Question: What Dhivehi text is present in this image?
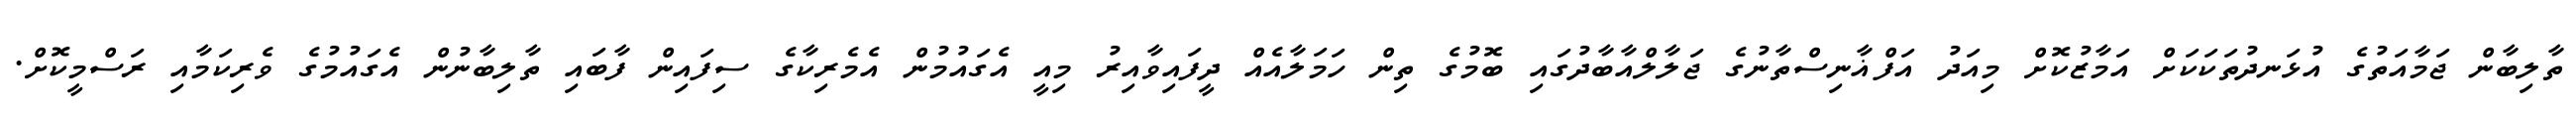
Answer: ތާލިބާން ޖަމާއަތުގެ އުޅަނދުތަކަކަށް އަމާޒުކޮށް މިއަދު އަފްޣާނިސްތާނުގެ ޖަލާލްއާބާދުގައި ބޮމުގެ ތިން ހަމަލާއެއް ދީފައިވާއިރު މިއީ އެގައުމުން އެމެރިކާގެ ސިފައިން ފާބައި ތާލިބާނުން އެގައުމުގެ ވެރިކަމާއި ރަސްމީކޮށް.